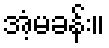
အံ့မခန်း။